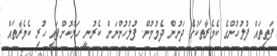
ފަތިތައް ފުލުހުންގެ ކެމެރާތަކުގެ ދަށުން ދެމުމުން. ފުލުހުންނަށް ކެރުނީ ހަރުކޮށްފައި ހުރި ކެމެރާތައް